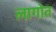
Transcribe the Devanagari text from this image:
लागोत